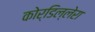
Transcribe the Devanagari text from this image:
कोर्डिल्लेरा